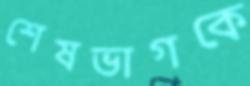
শেষভাগকে